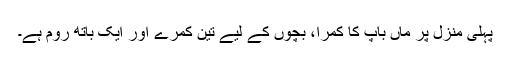
پہلی منزل پر ماں باپ کا کمرا، بچوں کے لیے تِین کمرے اور ایک باتھ روم ہے۔